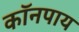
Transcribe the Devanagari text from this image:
कॉनपाय